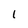
Character: l